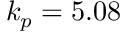
k _ { p } = 5 . 0 8